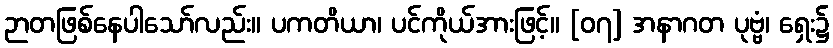
ဉာတဖြစ်နေပါသော်လည်း။ ပကတိယာ၊ ပင်ကိုယ်အားဖြင့်။ [၀၇] အနာဂတ ပုဗ္ဗံ၊ ရှေး၌